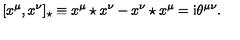
[ x ^ { \mu } , x ^ { \nu } ] _ { \star } \equiv x ^ { \mu } \star x ^ { \nu } - x ^ { \nu } \star x ^ { \mu } = \mathrm { i } \theta ^ { \mu \nu } .